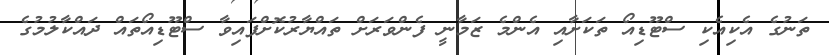
ތަނުގެ އެކިއެކި ސްޓޫޑިއޯ ތަކަށާއި އެންމެ ޒަމާނީ ފެންވަރަށް ތައްޔާރުކޮށްފައިވާ ސްޓޫޑިއޯތައް ދައްކާލުމުގެ